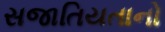
સજાતિયતાનો